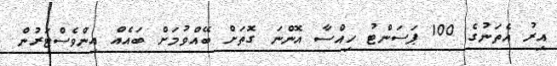
އިރު އެތަނުގެ 100 ޕަސަންޓު ހިއްސާ އޮންނަ ގޮތަށް ބޭއްވުމަށް ބައެއް އިންވެސްޓަރުން